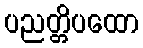
ပညတ္တိပထော